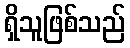
ရှိသူဖြစ်သည်